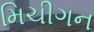
મિચીગન